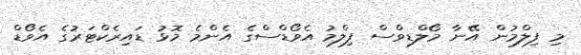
މި ފިލްމުން އޭނާ މޯލްޑިވްސް ފިލްމު އެވޯޑްސްގެ އެންމެ މޮޅު ޑައިރެކްޓަރުގެ އެވޯޑް